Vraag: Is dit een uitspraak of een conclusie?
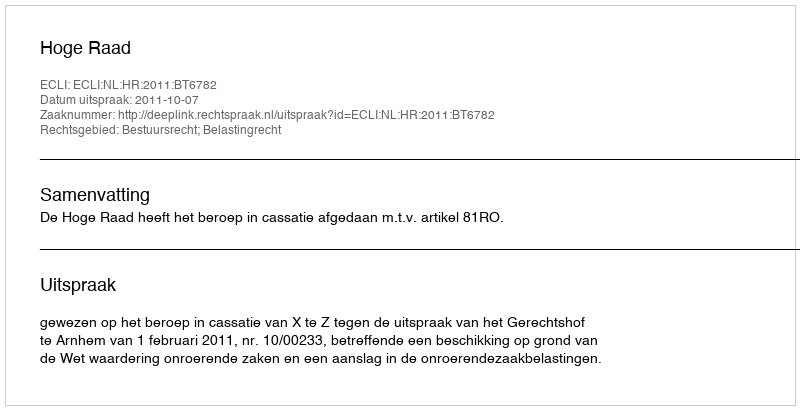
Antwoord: Uitspraak